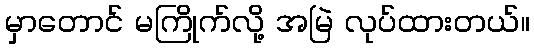
မှာတောင် မကြိုက်လို့ အမြဲ လုပ်ထားတယ်။